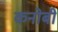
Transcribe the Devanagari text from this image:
कनोबी